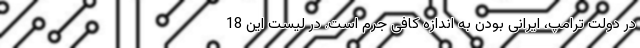
در دولت ترامپ، ایرانی بودن به اندازه کافی جرم است. در لیست این 18